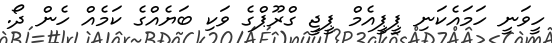
ހީވަނީ ހަމައެކަނި ޕީޕީއެމް ޕީޖީ ގްރޫޕްގެ ވަކި ބަޔެއްގެ ކަމެއް ހެން ދޯ.